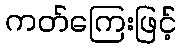
ကတ်ကြေးဖြင့်